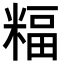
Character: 𥻅